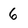
Character: 6